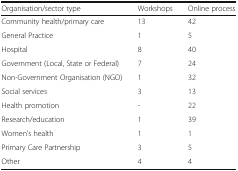
<table><thead><tr><td><b>Organisation/sector type</b></td><td><b>Workshops</b></td><td><b>Online process</b></td></tr></thead><tbody><tr><td>Community health/primary care</td><td>13</td><td>42</td></tr><tr><td>General Practice</td><td>1</td><td>5</td></tr><tr><td>Hospital</td><td>8</td><td>40</td></tr><tr><td>Government (Local, State or Federal)</td><td>7</td><td>24</td></tr><tr><td>Non-Government Organisation (NGO)</td><td>1</td><td>32</td></tr><tr><td>Social services</td><td>3</td><td>13</td></tr><tr><td>Health promotion</td><td>-</td><td>22</td></tr><tr><td>Research/education</td><td>1</td><td>39</td></tr><tr><td>Women’s health</td><td>1</td><td>1</td></tr><tr><td>Primary Care Partnership</td><td>3</td><td>5</td></tr><tr><td>Other</td><td>4</td><td>4</td></tr></tbody></table>